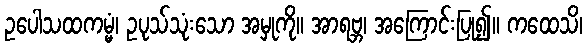
ဥပေါသထကမ္မံ၊ ဥပုသ်သုံးသော အမှုကို။ အာရဗ္ဘ၊ အကြောင်းပြု၍။ ကထေသိ၊